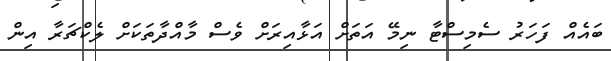
ބައެއް ފަހަރު ސެމިސްޓާ ނިމޭ އަތަށް އަޅާއިރަށް ވެސް މާއްދާތަކަށް ލެކްޗަރާ އިން